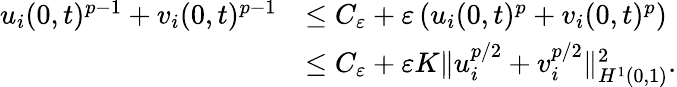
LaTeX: \begin{array}{rl}{u_{i}(0,t)^{p-1}+v_{i}(0,t)^{p-1}}&{\le C_{\varepsilon}+\varepsilon\left(u_{i}(0,t)^{p}+v_{i}(0,t)^{p}\right)}\\ &{\le C_{\varepsilon}+\varepsilon K\| u_{i}^{p/2}+v_{i}^{p/2}\| _{H^{1}(0,1)}^{2}.}\end{array}